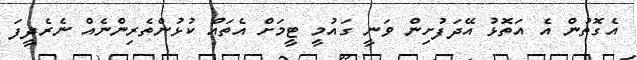
އެގޮތުން އެ އަތޮޅު އޭދަފުށިން ވަނީ ގައުމީ ޓީމަށް އެތައް ކުޅުންތެރިންނެއް ނެރެދީފަ